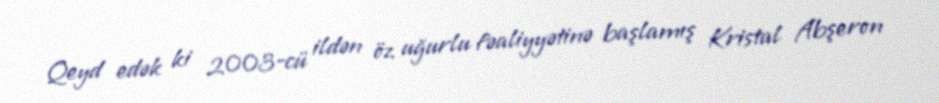
Qeyd edək ki 2003-cü ildən öz uğurlu fəaliyyətinə başlamış Kristal Abşeron